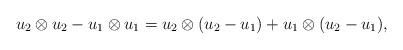
LaTeX: \begin{align*}u_2 \otimes u_2 - u_1 \otimes u_1= u_2 \otimes (u_2 - u_1) + u_1 \otimes (u_2 - u_1),\end{align*}